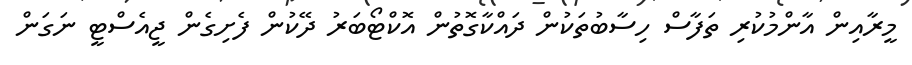
މީރާއިން އާންމުކުރި ތަފާސް ހިސާބުތަކުން ދައްކާގޮތުން އޮކްޓޯބަރު ދޭކުން ފެށިގެން ޖީއެސްޓީ ނަގަން